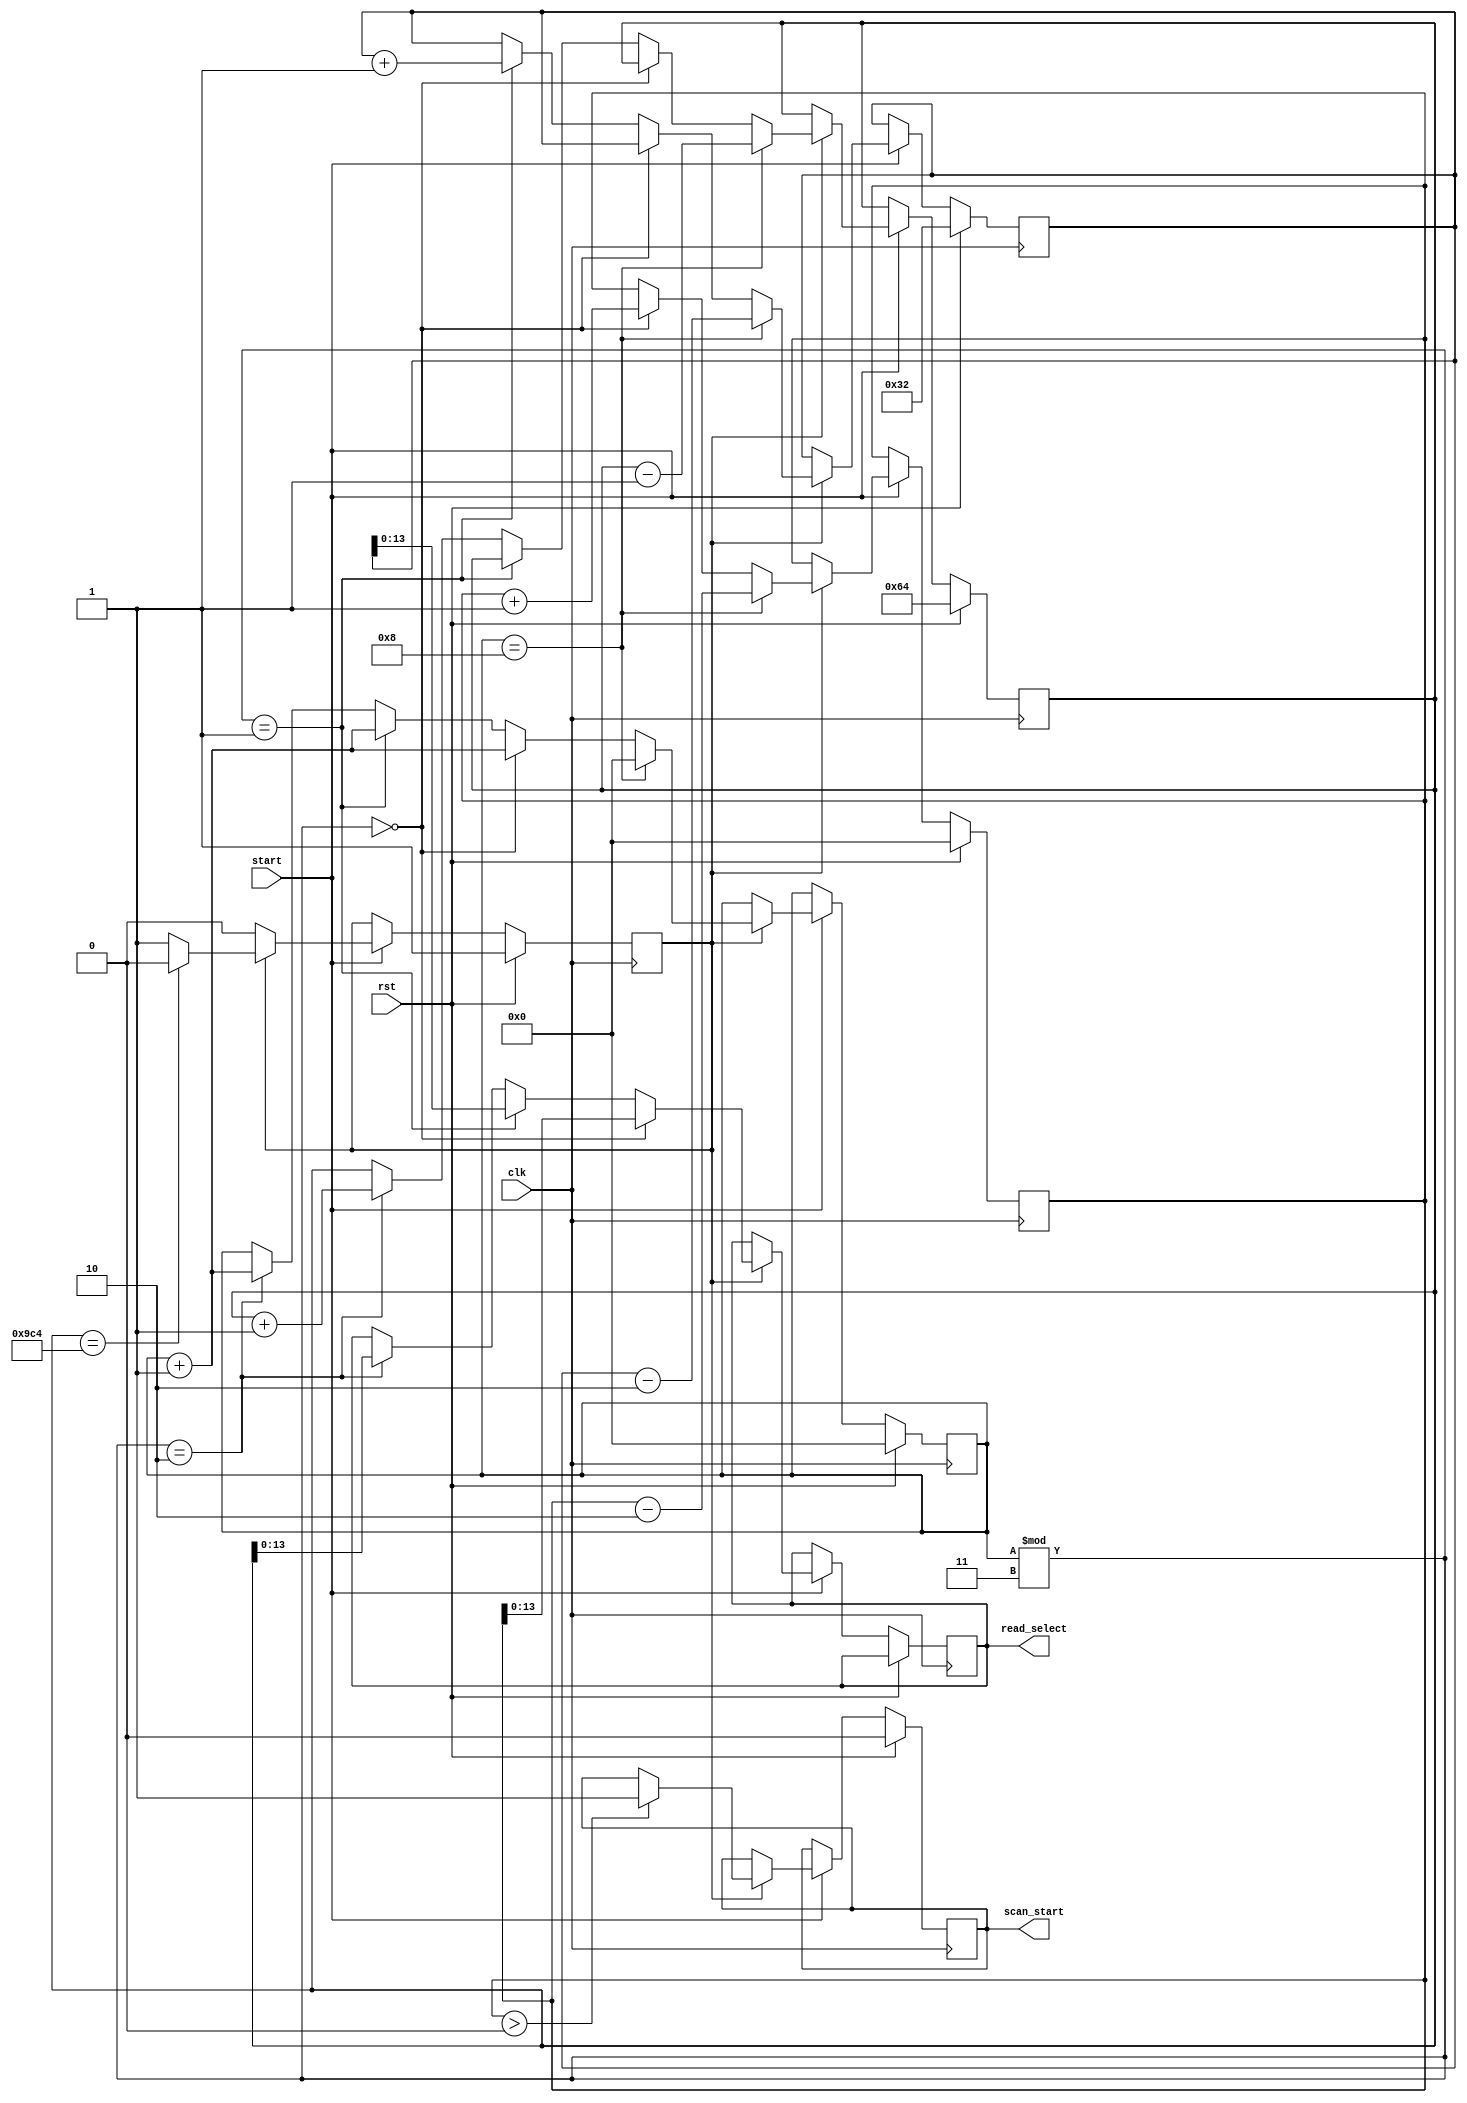
`timescale 1ns / 1ps
//////////////////////////////////////////////////////////////////////////////////
// Company: 
// Engineer: 
// 
// Design Name: 
// Module Name:    semi_systolic_final 
// Project Name: 
// Target Devices: 
// Tool versions: 
// Description: 
//
// Dependencies: 
//
// Revision: 
// Revision 0.01 - File Created
// Additional Comments: 
//
//////////////////////////////////////////////////////////////////////////////////
module semi_systolic_final(read_select,scan_start, start, clk,rst);

input clk,rst,start;
output reg [13:0] read_select;
output reg scan_start;
reg [15:0] i,k,l,m;
reg flag;
always@(posedge clk)
begin
if(rst)
begin
	scan_start<=0;
	i<=0;
	k<=0;
	l<=50;
	m<=100;
	flag<=1;
end
else if(start ==1)
begin
	if(flag == 1)
	begin
		/*x1=x1+1;
		if(x1%1600==0)
		begin*/
			if(i%3==0)
				begin
					read_select <= k;
					k<=k+1;
					i<=i+1;
				end
			else if(i%3==1)
				begin
					read_select <= l;
					l <= l+1;
					i<=i+1;
				end
			else if(i%3==2)
				begin
					read_select <= m;
					m <= m+1;
					i<=i+1;
				end
			if(i == 8)
				begin
				i <= 0;
				k<=k-2;
				l<=l-2;
				m<=m-1;
				end
			if(m == 2500)
				flag = 0;
			if(k>0)
				scan_start<=1;
			end
		//end			
end
end
endmodule